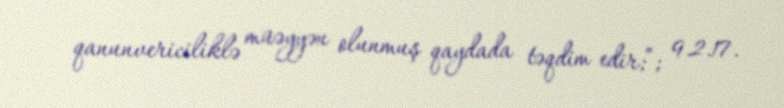
qanunvericiliklə müəyyən olunmuş qaydada təqdim edir;”; 9.2.17.